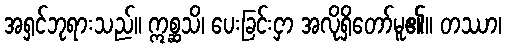
အရှင်ဘုရားသည်။ ဣစ္ဆသိ၊ ပေးခြင်းငှာ အလိုရှိတော်မူ၏။ တဿာ၊